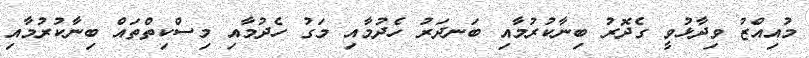
މުއިއްޒު ވިދާޅުވީ ގެދޮރު ބިނާކުރުމާއި ބަނދަރު ހެދުމާއި މަގު ހެދުމާއި މިސްކިތްތައް ބިނާކުރުމާއި